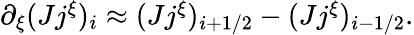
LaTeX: \begin{array}{r}{\partial_{\xi}(Jj^{\xi})_{i}\approx(Jj^{\xi})_{i+1/2}-(Jj^{\xi})_{i-1/2}.}\end{array}